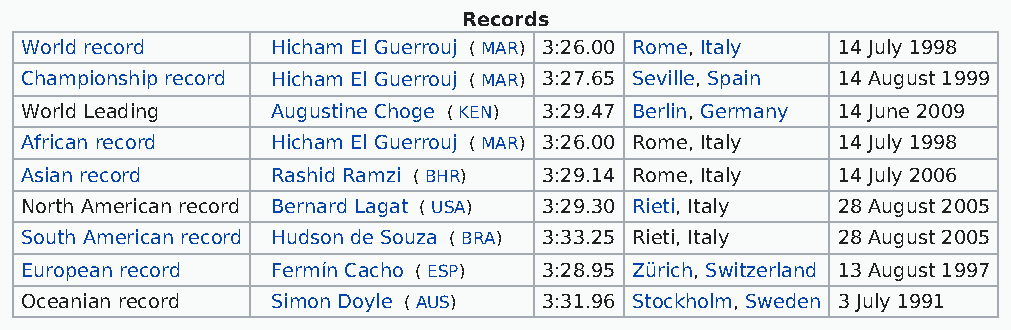
Records
 World record     Hicham El Guerrouj ( MAR) 3:26.00 Rome, Italy 14 July 1998
 Championship record Hicham El Guerrouj ( MAR) 3:27.65 Seville, Spain 14 August 1999
 World Leading    Augustine Choge ( KEN) 3:29.47 Berlin, Germany 14 June 2009
 African record   Hicham El Guerrouj ( MAR) 3:26.00 Rome, Italy 14 July 1998
 Asian record     Rashid Ramzi ( BHR) 3:29.14 Rome, Italy 14 July 2006
 North American record Bernard Lagat ( USA) 3:29.30 Rieti, Italy 28 August 2005
 South American record Hudson de Souza ( BRA) 3:33.25 Rieti, Italy 28 August 2005
 European record  Fermín Cacho ( ESP) 3:28.95 Zürich, Switzerland 13 August 1997
 Oceanian record  Simon Doyle ( AUS) 3:31.96 Stockholm, Sweden 3 July 1991